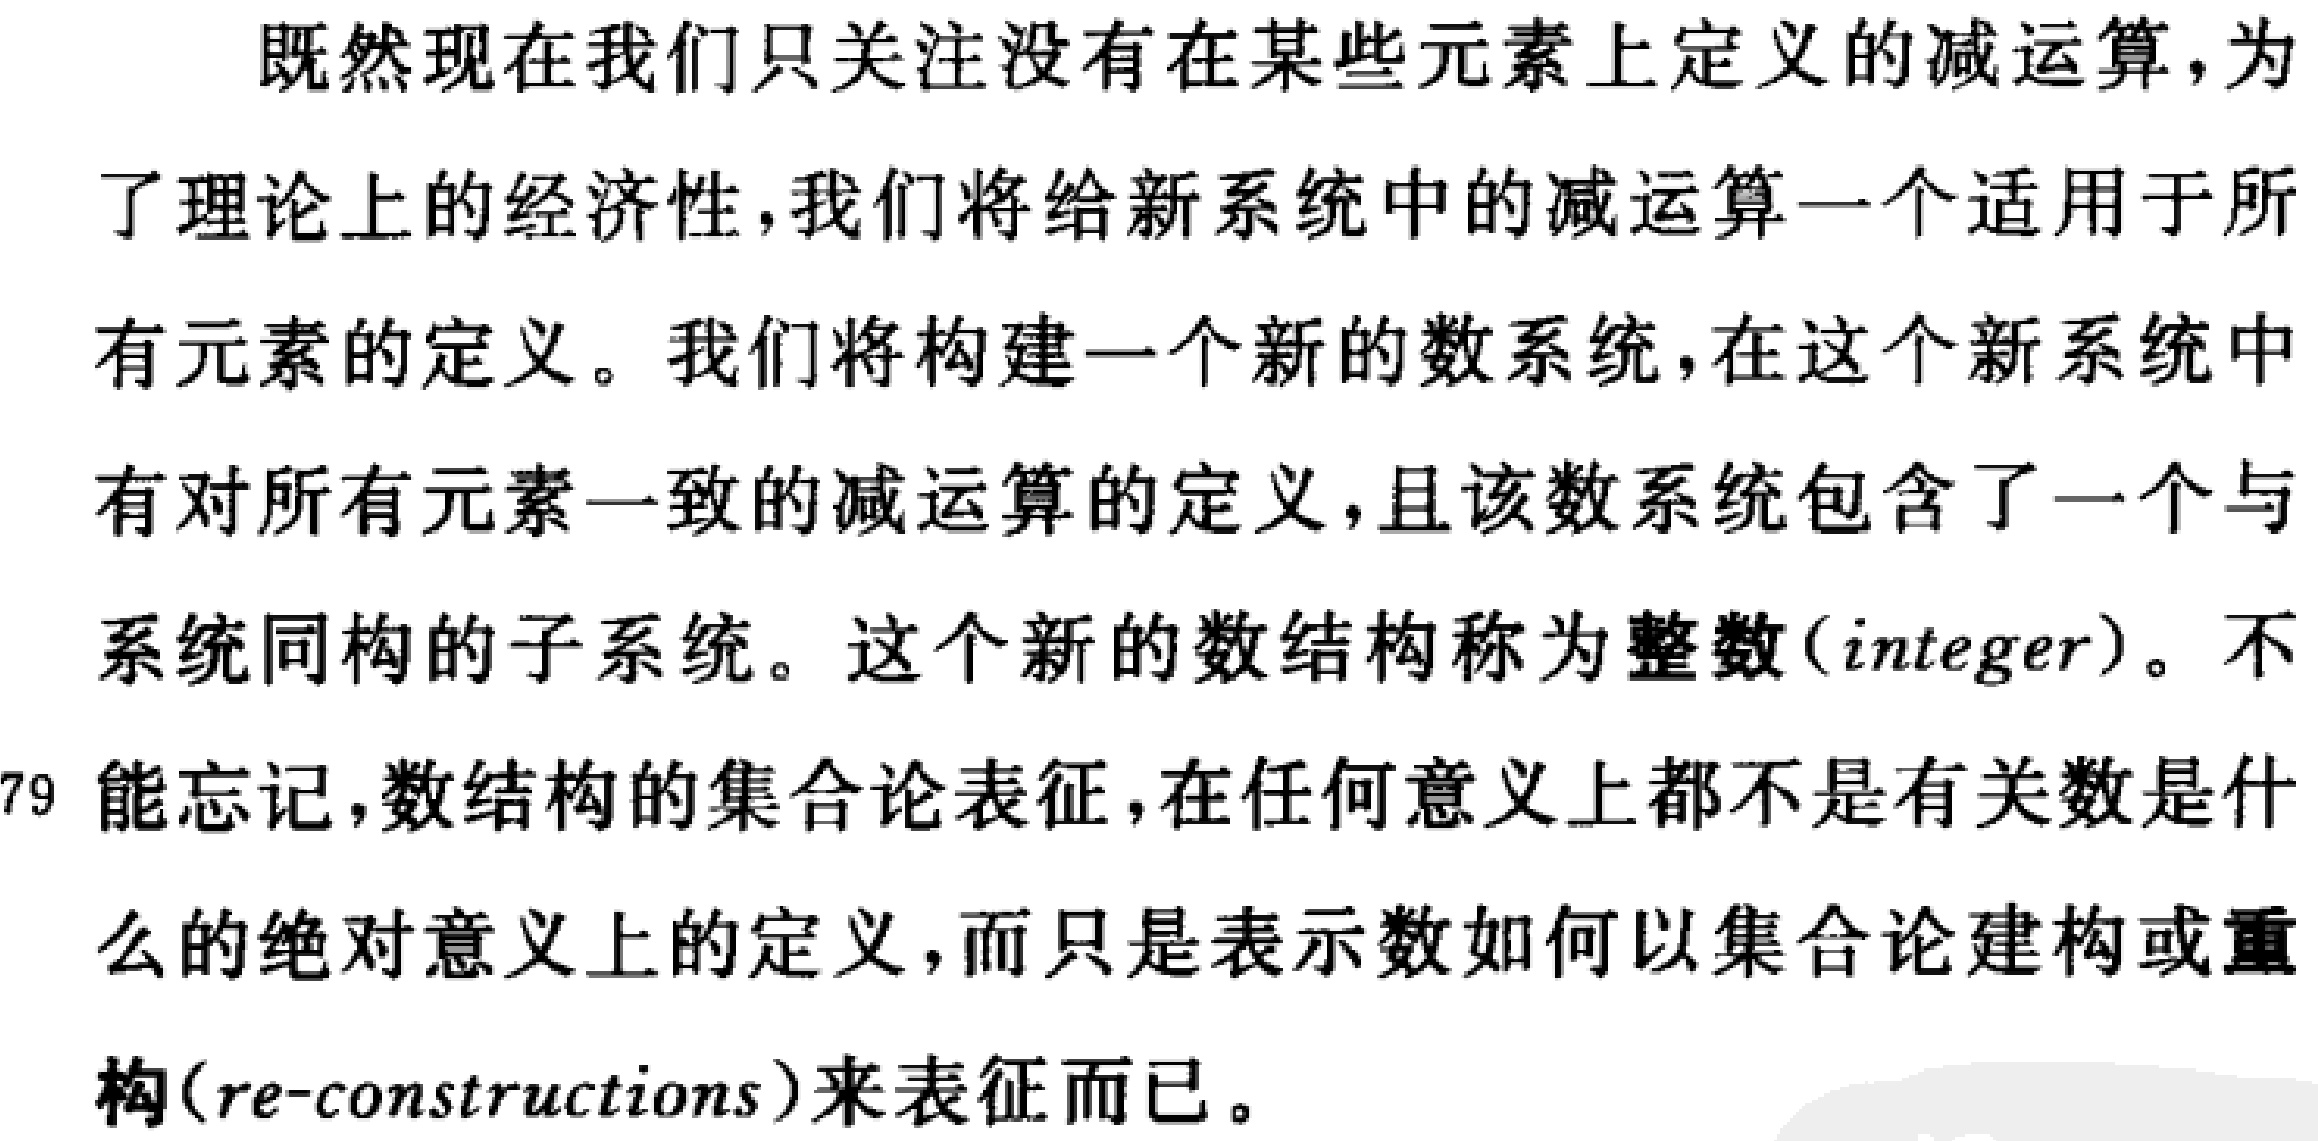
既然现在我们只关注没有在某些元素上定义的减运算，为
了理论上的经济性，我们将给新系统中的减运算一个适用于所
有元素的定义。我们将构建一个新的数系统，在这个新系统中
有对所有元素一致的减运算的定义，且该数系统包含了一个与
系统同构的子系统。这个新的数结构称为整数(\(integer\))。不
能忘记，数结构的集合论表征，在任何意义上都不是有关数是什
么的绝对意义上的定义，而只是表示数如何以集合论建构或重
构(\(re - constructions\))来表征而已。